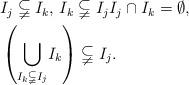
LaTeX: \begin{align*}\begin{aligned}& I_j \subsetneqq I_k,\, I_k \subsetneqq I_j I_j \cap I_k = \emptyset , \\& \left(\underset{I_k \subsetneqq I_j}{\bigcup}I_k \right)\subsetneqq I_j .\end{aligned}\end{align*}